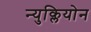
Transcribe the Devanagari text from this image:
न्युक्लियोन